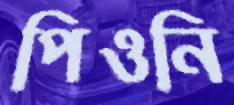
পিওনি